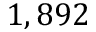
1 , 8 9 2